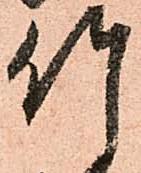
竹